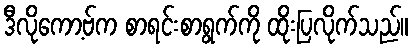
ဒီလိုကော့ဗ်က စာရင်းစာရွက်ကို ထိုးပြလိုက်သည်။